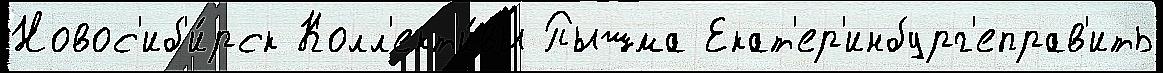
Новос'иб'и́рск Колл'ект'и́вы Пышма Екат'ер'инбург'еправ'ить